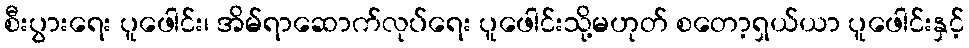
စီးပွားရေး ပူဖေါင်း၊ အိမ်ရာဆောက်လုပ်ရေး ပူဖေါင်းသို့မဟုတ် စတော့ရှယ်ယာ ပူဖေါင်းနှင့်